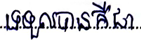
ទទួលបានគឺជា